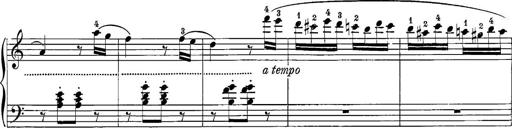
Title: 12 Sonatine per Pianoforte
Composer: Friedrich Kuhlau